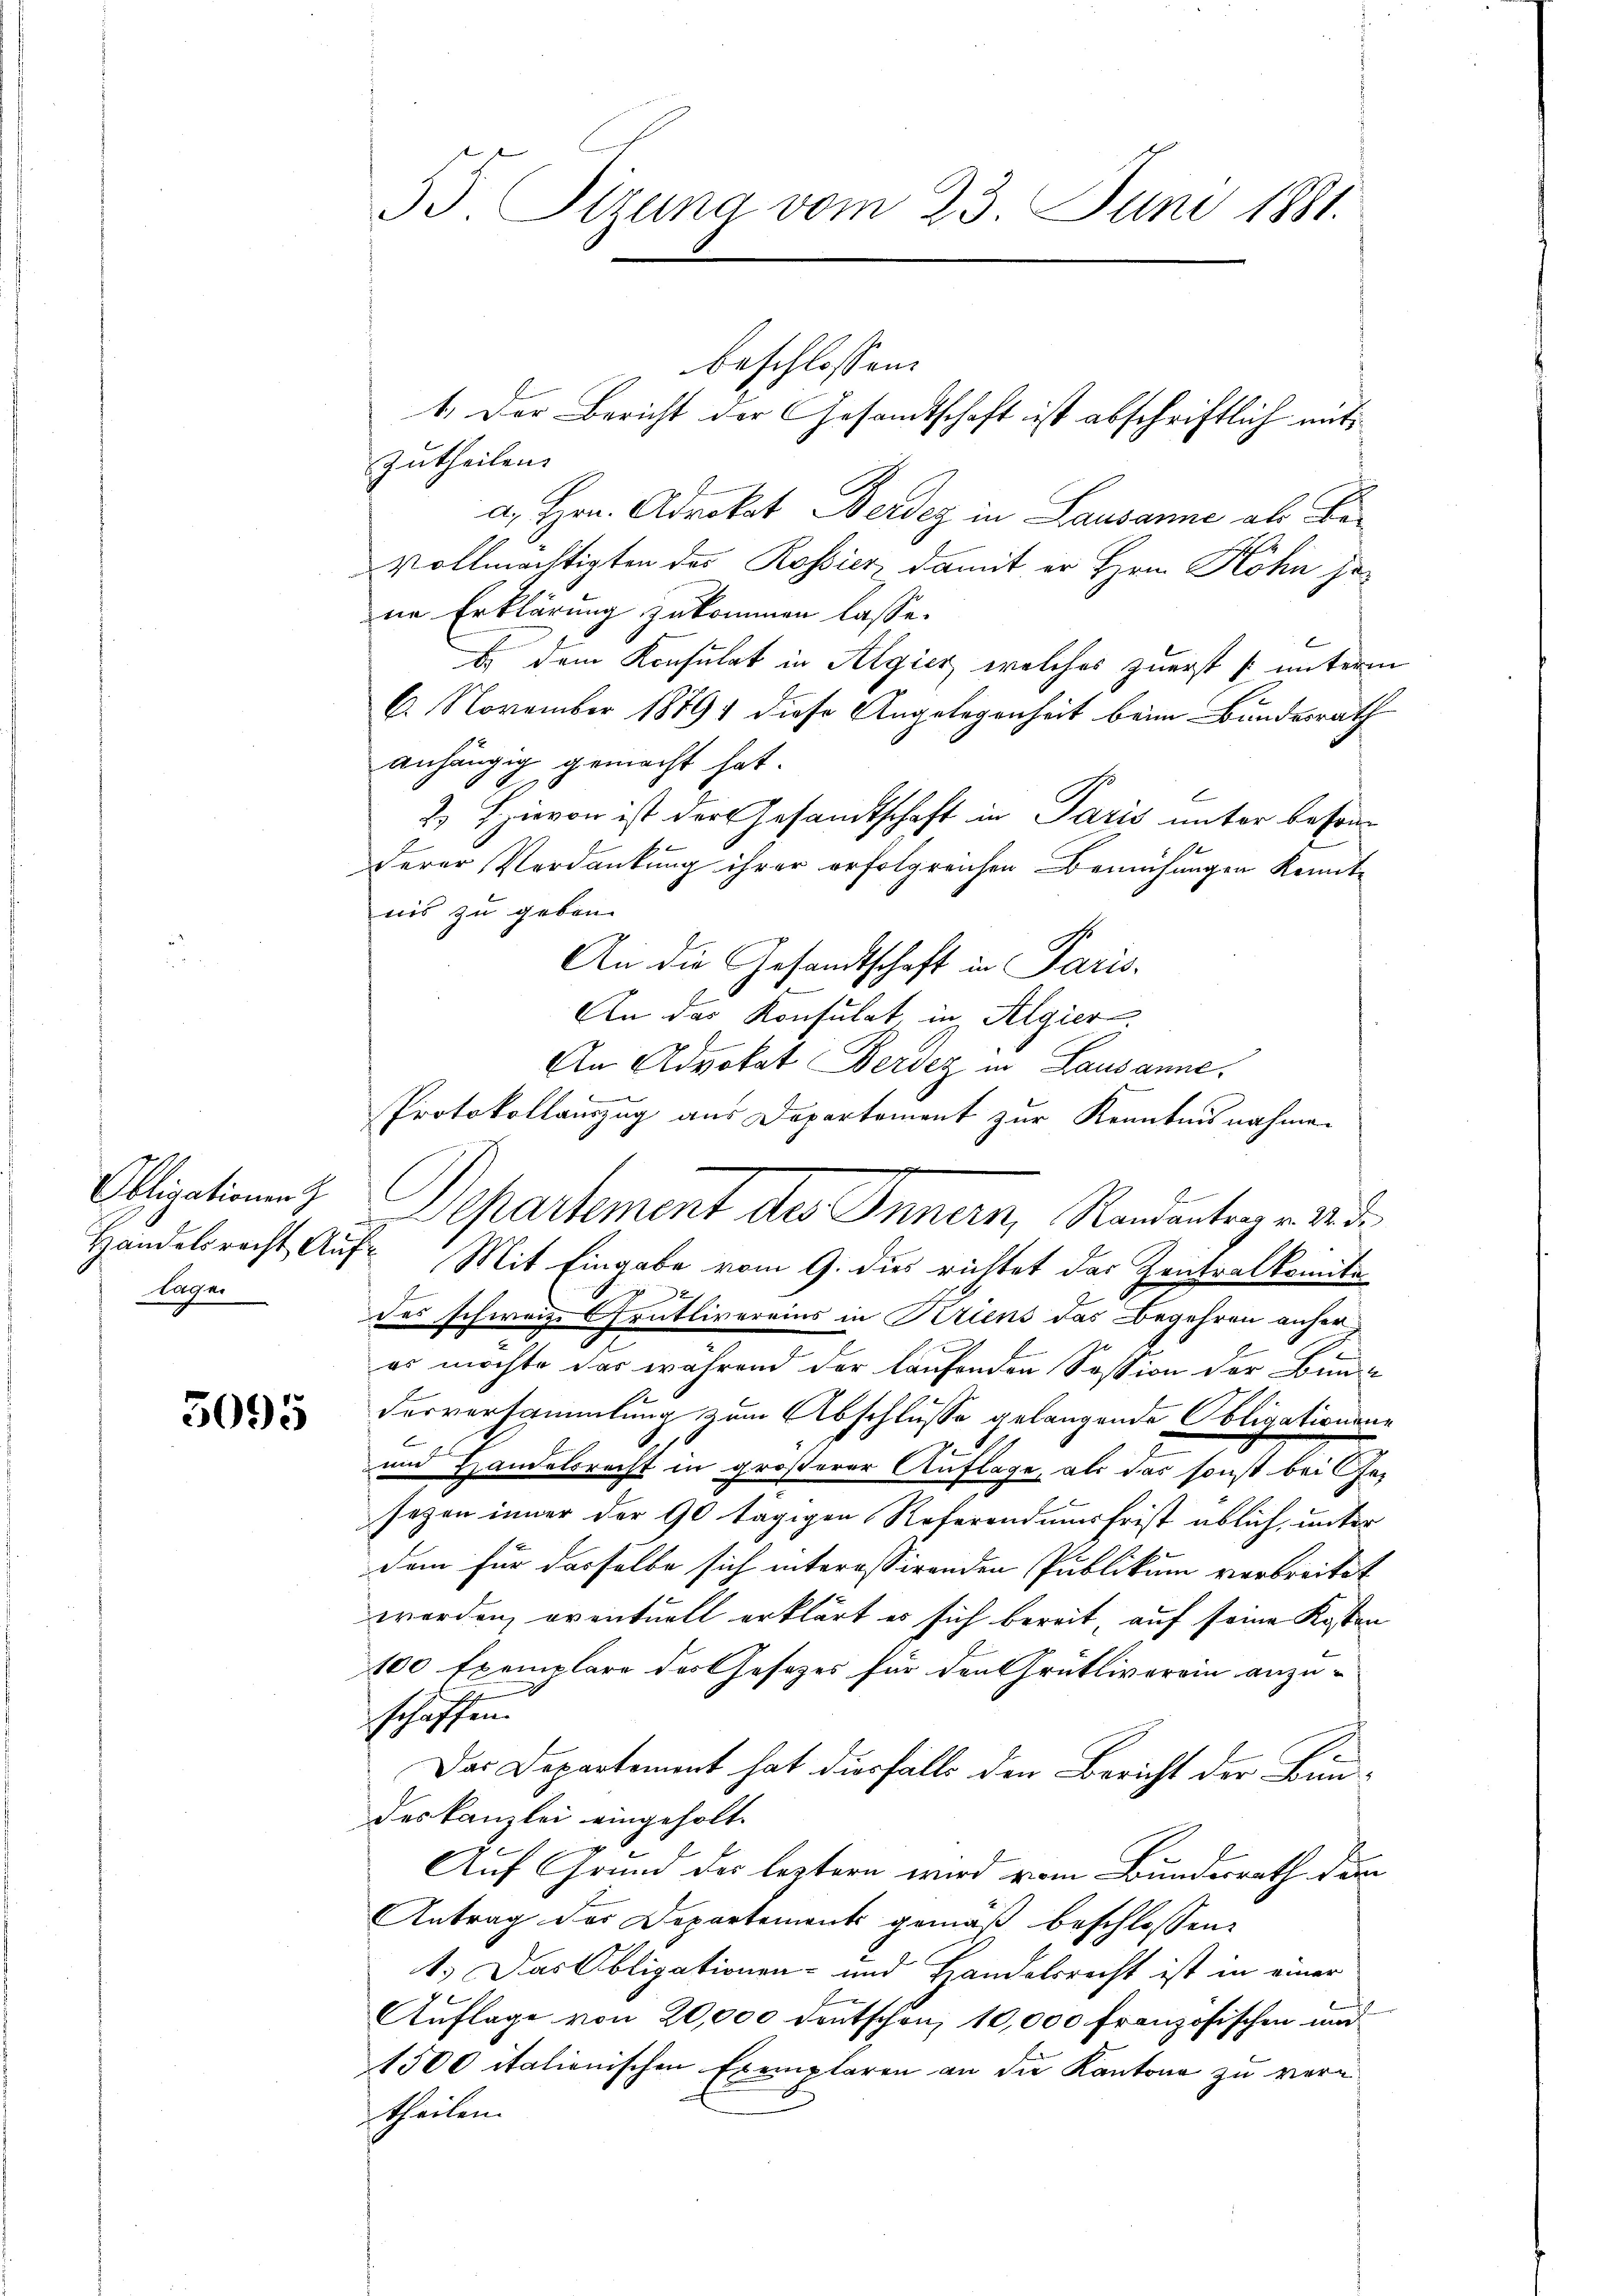
lagen

5095

55. Sizung vom 23. Juni 1881.

beschlossen:
1. Der Bericht der Gesandtschaft ist abschriftlich mit¬
Zutheilen.
a. Hrn. Advokat Berden in Lausanne als Bevollmächtigten des Rossier damit er Hrn. Hohn jene Erklärung zukommen lasse.
b. dem Konsulat in Algier, welches zuerst [unterm
6. November 1849 diese Angelegenheit beim Bundesrath
anhängig gemacht hat.
2) Hievon ist der Gesandtschaft in Paris unter besonderer Verdankung ihrer erfolgreichen Bemühungen kenntnis zu geben.
An die Gesandtschaft in Paris-
An das Konsulat, in Algier
An Advokat Berden in Lausanne.
Protokollauszug aus Departement zur Kenntnisnahmen
Handelsrecht Auf Mit Eingabe vom 9. dies richtet das Zentralkomite

des schweize Grütlivereins in Kriens das Begehren anher¬
E
es möchte das während der laufenden Session der Bun
derversammlung zum Abschlusse gelangende Obligationsne
und Handelsrecht in größerer Auflage, als das sonst bei Gesezen inner der 90 tägigen Referend nur frist üblich, unter
dem für dasselbe sich interessirenden Publikum verbreitet
worden, oventuell erklärt es sich bereit, auf seine Kosten
100 Exemplare das Gesetzes für den Grütliverein anzuschaffen.
Das Departement hat diesfalls den Bericht der Bundeskanzlei eingeholt.
.
Auf Grund der leztern wird vom Bundesrath dem
Antrag des Departements gemäß beschlossen:
1.) Das Obligationen- und Handelsrecht ist in einer
Auflage von 20,000 deutschen, 10,000 französischen und
1500 italienischen Exemplaren an die Kantone zu vertheilen.

Obligationen Departement des Innern, Randanten v. M. D.